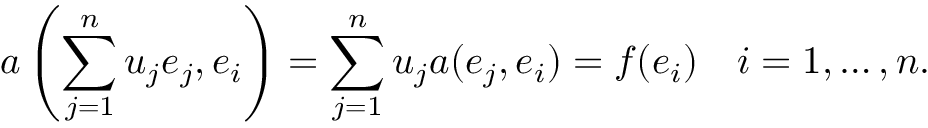
a \left( \sum _ { j = 1 } ^ { n } u _ { j } e _ { j } , e _ { i } \right) = \sum _ { j = 1 } ^ { n } u _ { j } a ( e _ { j } , e _ { i } ) = f ( e _ { i } ) \quad i = 1 , \ldots , n .